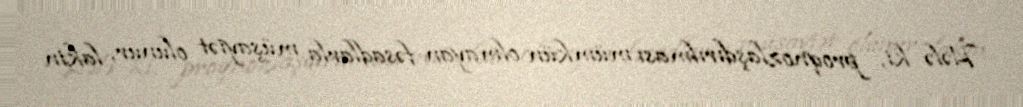
Hələ ki, proqnozlaşdırılması mümkün olmayan fəsadlarla müşayiət olunur, lakin